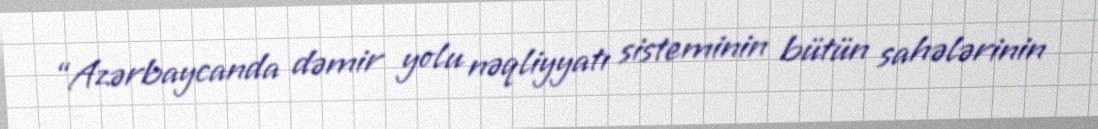
“Azərbaycanda dəmir yolu nəqliyyatı sisteminin bütün sahələrinin